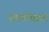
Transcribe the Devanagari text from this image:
संघर्षाबद्दल